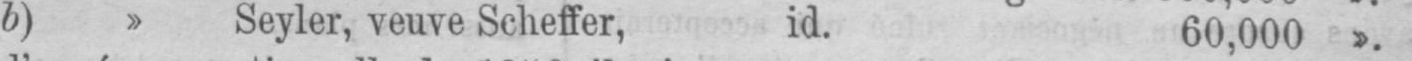
b) » Seyler, veuve Scheffer, id. 60,000 ».